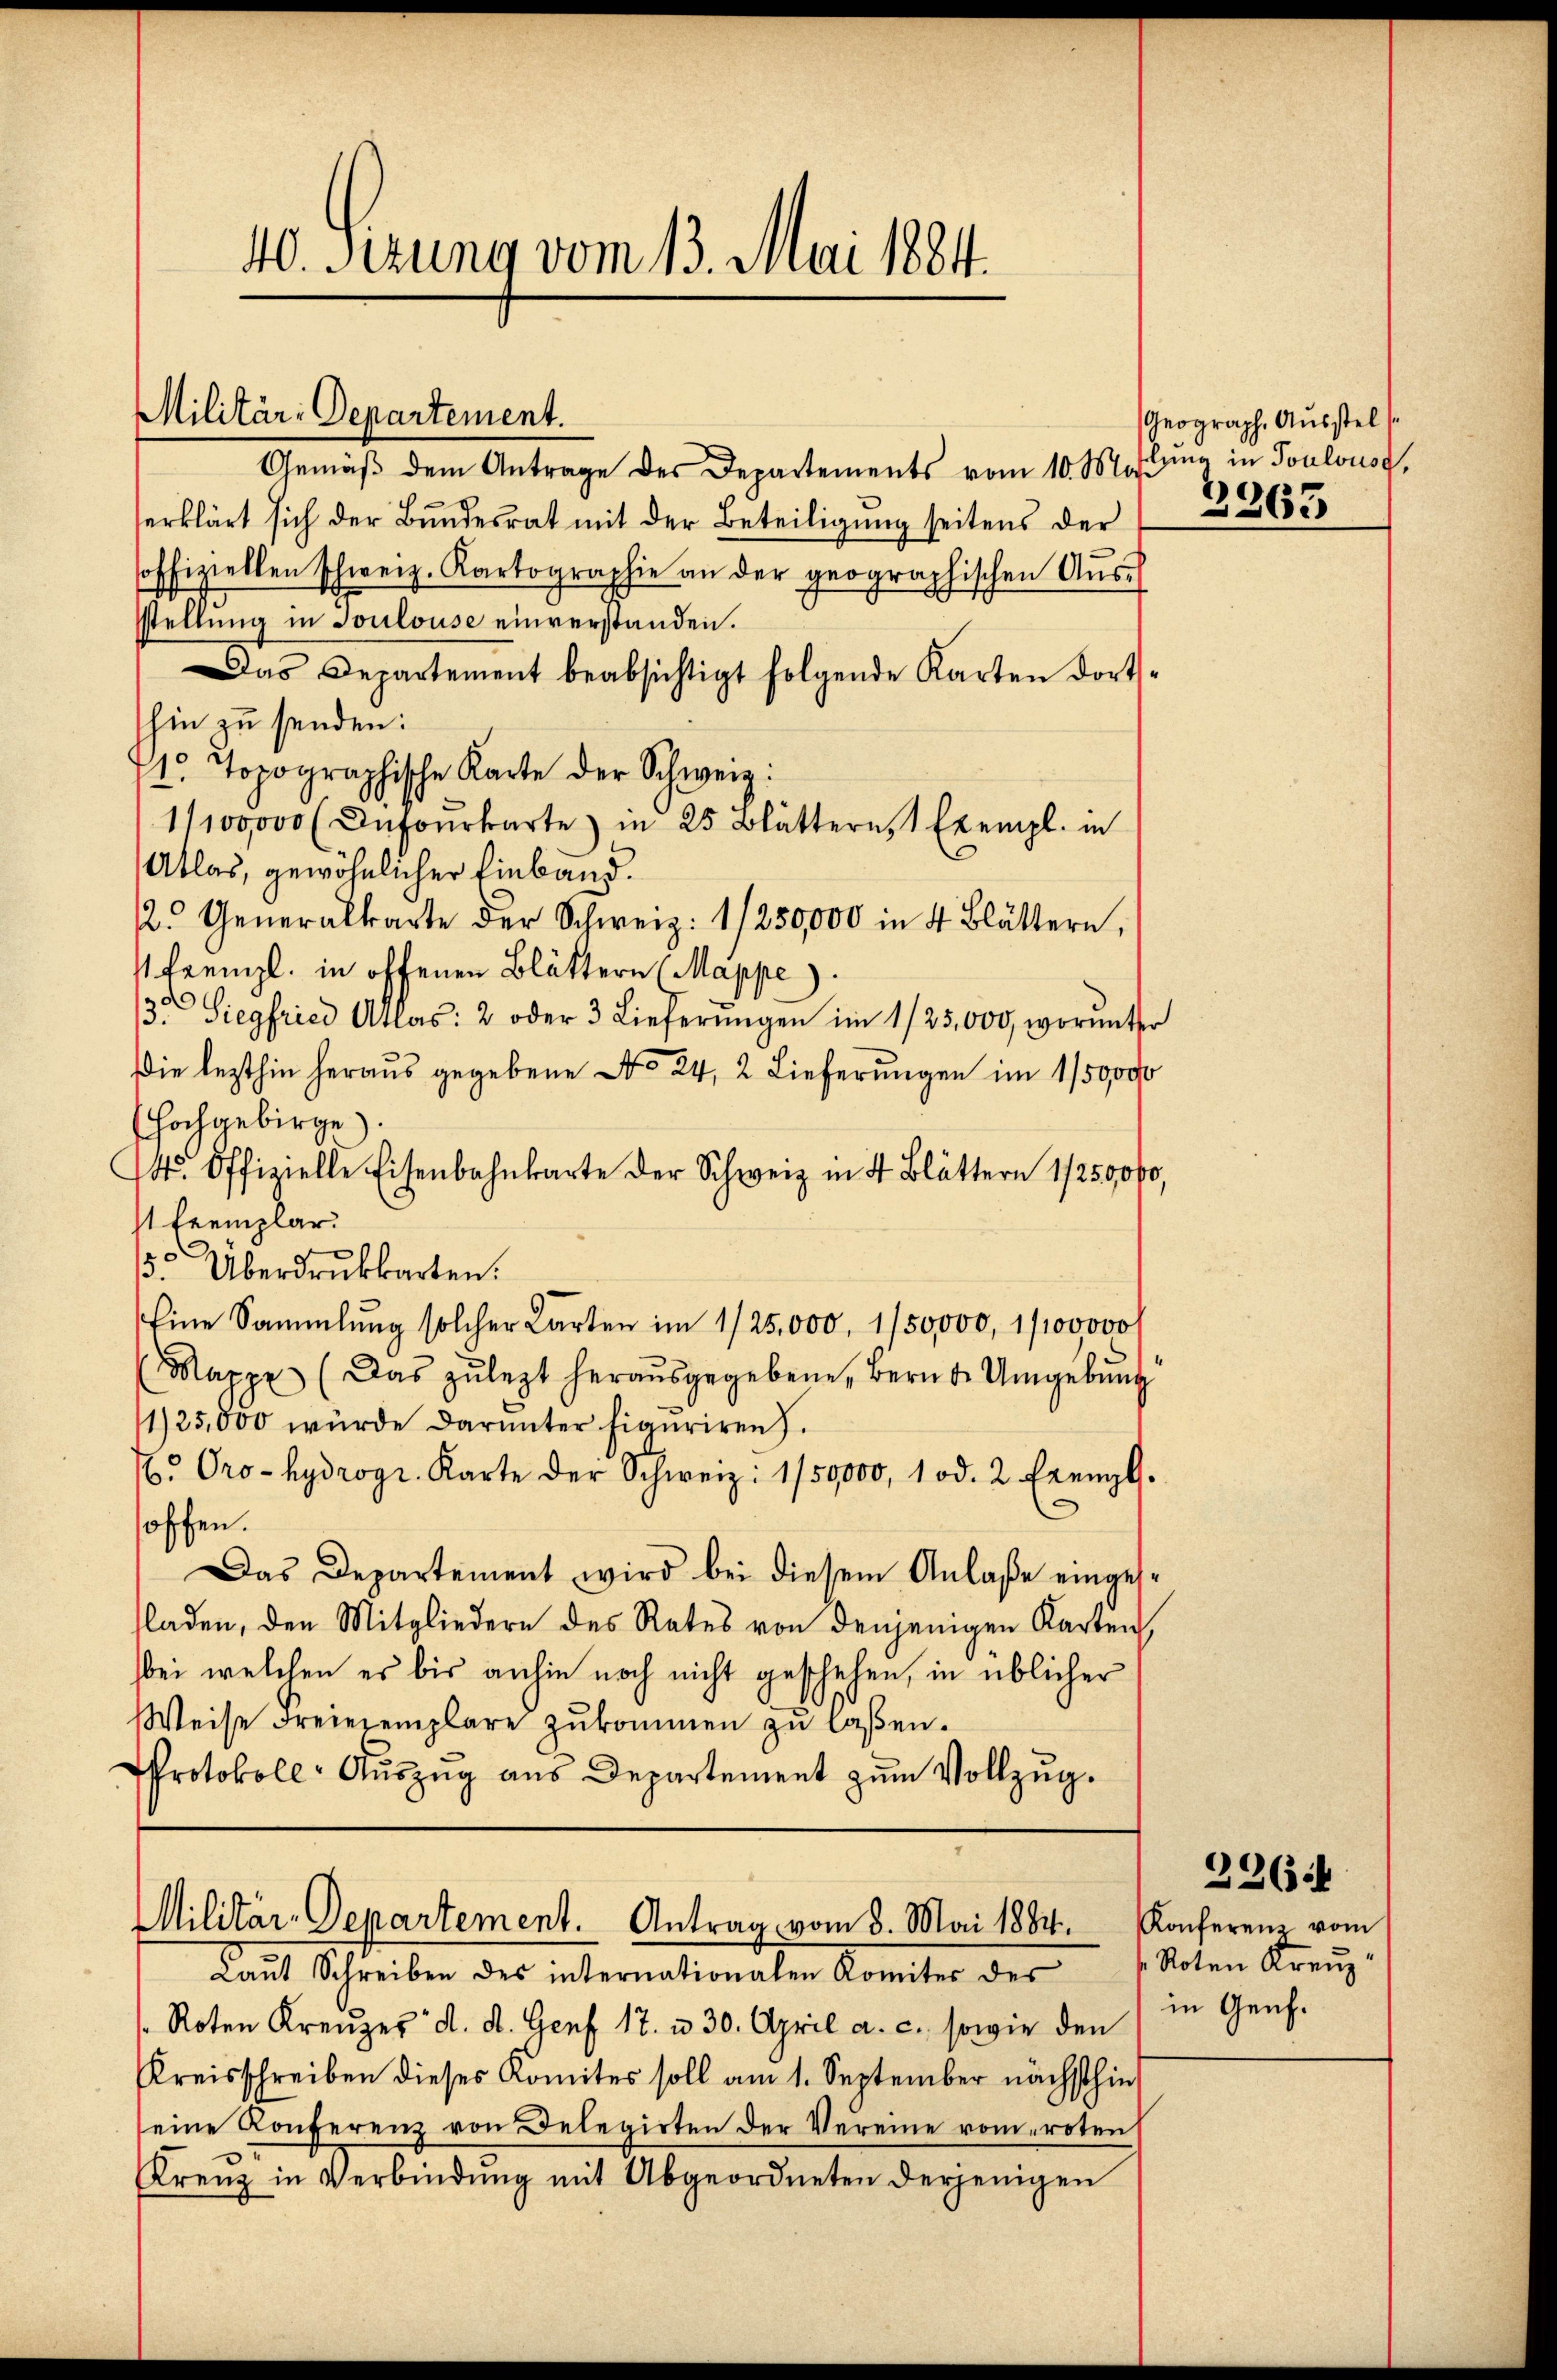
40. Ferung vom 13. Mai 1884.

Militär-Departement.

Gemäß dem Antrage des Departements vom 10. Mitung in Toulouse,
erklärt sich der Bundesrat mit der Beteiligung seitens der
soffiziellen schweiz. Kartographie an der geographischen Aŭss
sstellung in Soulouse einverstanden.
Das Departement beabsichtigt folgende Karten dorts-
hin zu senden:
71. Topographische Karte der Schweiz:
1/100,000 (Infourkarte in 25 Blättern, 1 Exempl. in
Atlas, gewöhnlicher Einband.
2. Generalkarte der Schweiz: 1/250,000 in 4 Blättern,
frenzl. in offenen Blättern (Mappe).
3. Siegfried Atlas: 2 oder 3 Lieferŭngen im 1/25,000, worunter
Die lezthin heraus gegebene No 24, 2 Lieferungen im 1/59000
(Hochgebirge).
14. Offizielle Eisenbahnkarte der Schweiz in 4 Blättern 1/259000,
s Exemplar
. Überdrukkarten.
Eine Sammlung solcher Karten im 1/25,000. 150000, 100000
Mappe (Das zulezt herausgegebene, Bern d. Umgebŭng
1125,000 wurde darunter Figuriren.
. Oro- hydrogr. Karte der Schweiz: 1/59,000, 1 od. 2. Frenzl.
C
hoffen.
Das Departement wird bei diesem Anlaβe einges-
fladen, den Mitgliedern des Rates von denjenigen Karten
bei welchen es bis anhin noch nicht geschehen, in üblicher
Weise Freiexemplare zukommen zu laßen.
Protokoll-Aŭszŭg aŭs Departement zŭm Vollzŭg.

Militär-Departement. Antrag vom 8. Mai 1884. Konferenz vom
Laŭt Schreiben des internationalen Komiter der „Noten Kreŭz-

Geograph, Ausstel
2263.

Roten Kreuzer d. d. Genf 17. u. 30. April a. c. sowie den
Kreisschreiben dieses Komites soll am 1. September nächsthin
eine Konferenz von Delegirten der Vereine vom roten
Krenz in Verbindung mit Abgeordneten derjenigen

3364
in Genf.

.